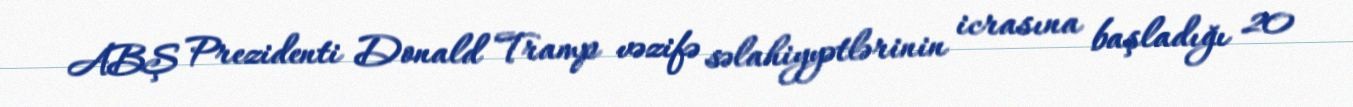
ABŞ Prezidenti Donald Tramp vəzifə səlahiyyətlərinin icrasına başladığı 20